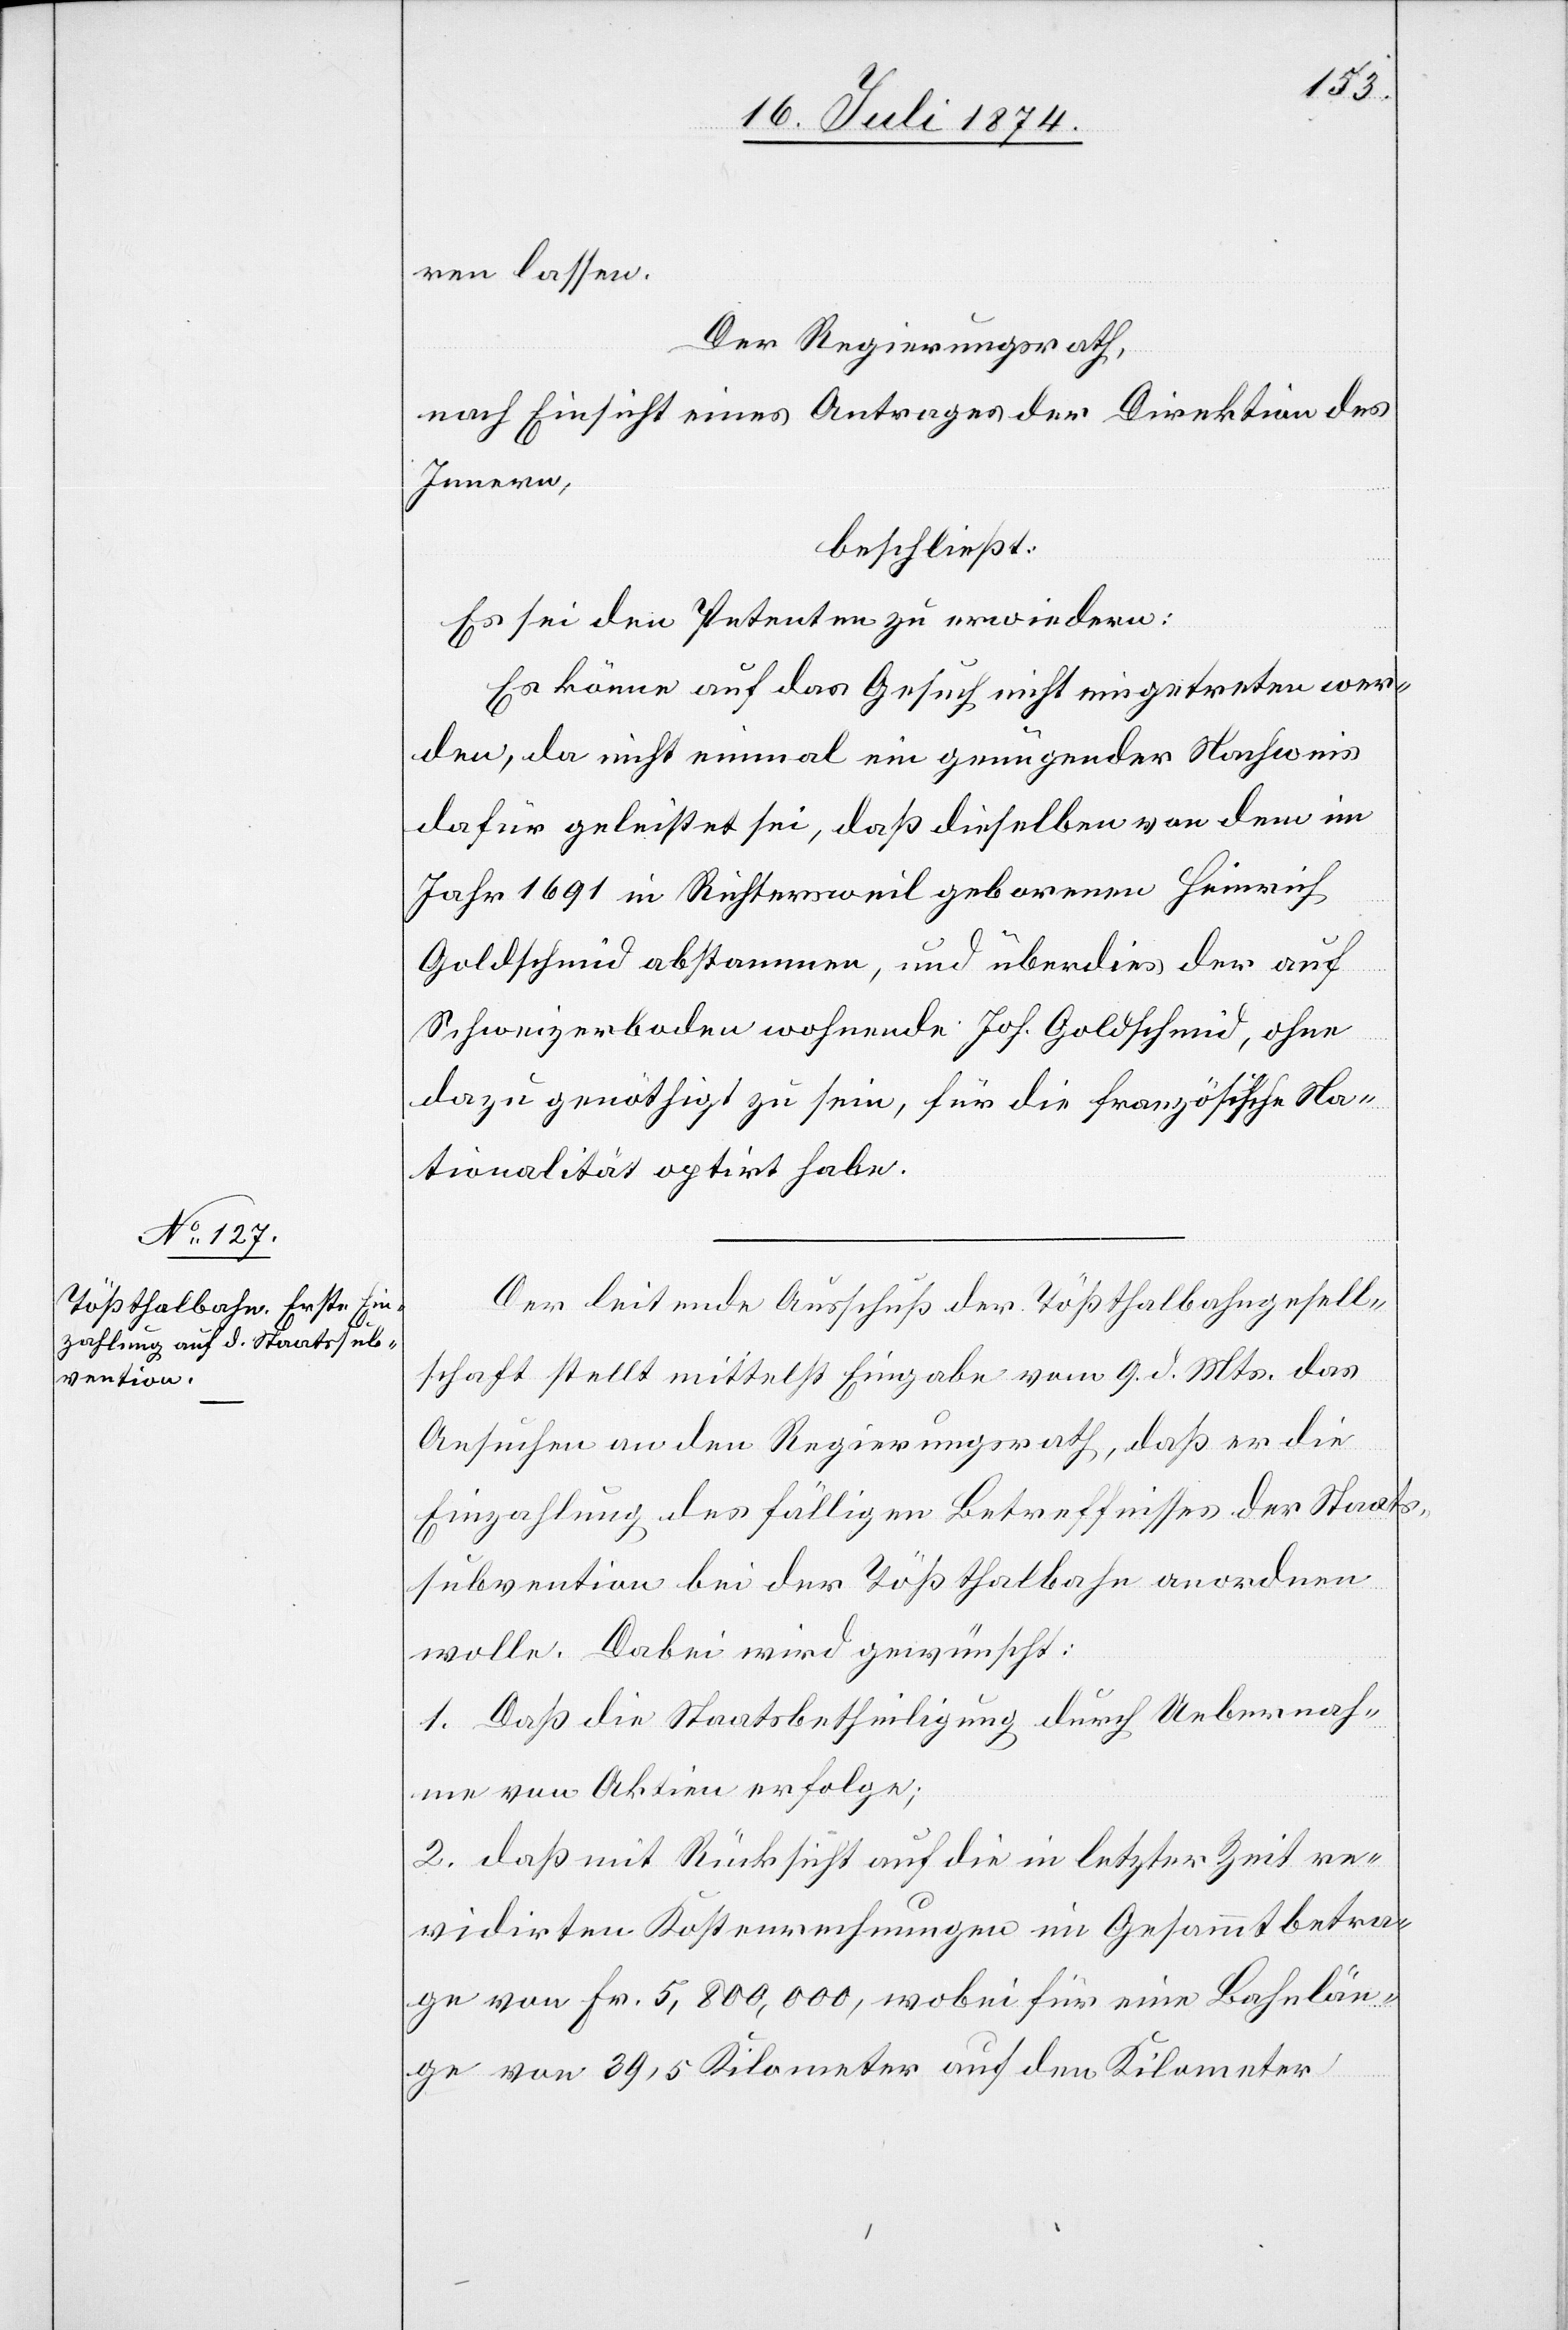
ren lassen.
Der Regierungsrath,
nach Einsicht eines Antrages der Direktion des
Innern,
beschließt:
Es sei den Petenten zu erwiedern:
Es könne auf das Gesuch nicht eingetreten wer¬
den, da nicht einmal ein genügender Nachweis
dafür geleistet sei, daß dieselben von dem im
Jahr 1691 in Richtersweil geborenen Heinrich
Goldschmid abstammen, und überdies der auf
Schweizerboden wohnende Joh. Goldschmid, ohne
dazu genöthigt zu sein, für die französische Na¬
tionalität optirt habe.
Der leitende Ausschuß der Tößthalbahngesell¬
schaft stellt mittelst Eingabe vom 9. d. Mts. das
Ansuchen an den Regierungsrath, daß er die
Einzahlung des fälligen Betreffnisses der Staats¬
subvention bei der Tößthalbahn anordnen
wolle. dabei wird gewünscht:
1. Daß die Staatsbetheiligung durch Uebernah¬
me von Aktien erfolge;
2. daß mit Rücksicht auf die in letzter Zeit re¬
vidirten Kostenrechnungen im Gesammtbetra¬
ge von Fr. 5,800,000, wobei für eine Bahnlän¬
ge von 39,5 Kilometer auf den Kilometer